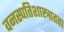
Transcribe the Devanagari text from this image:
वनस्पतिशास्त्रातहा